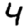
Digit: 4